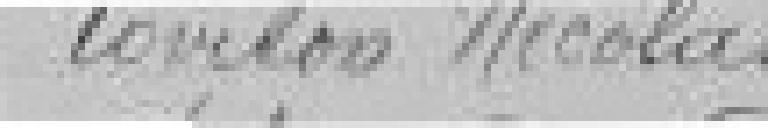
Vovilon Nicolas